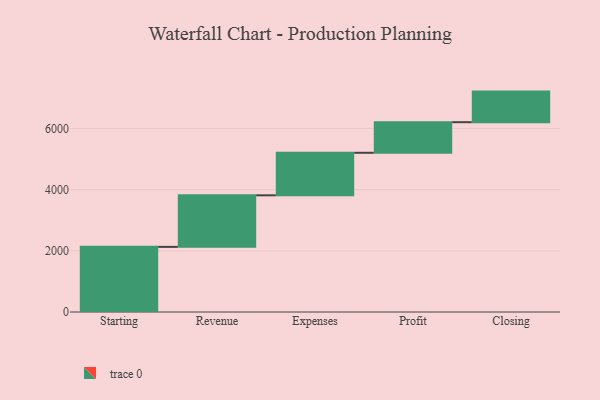
{"axis": {"x": "Step", "y": "Value"}, "legend": [""], "data": [{"x": "Starting", "y": 2129.0, "type": ""}, {"x": "Revenue", "y": 1685.0, "type": ""}, {"x": "Expenses", "y": 1390.0, "type": ""}, {"x": "Profit", "y": 1000, "type": ""}, {"x": "Closing", "y": 1000, "type": ""}]}